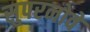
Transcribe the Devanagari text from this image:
सुपरनोवे